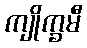
ကျိုက္ခမီ